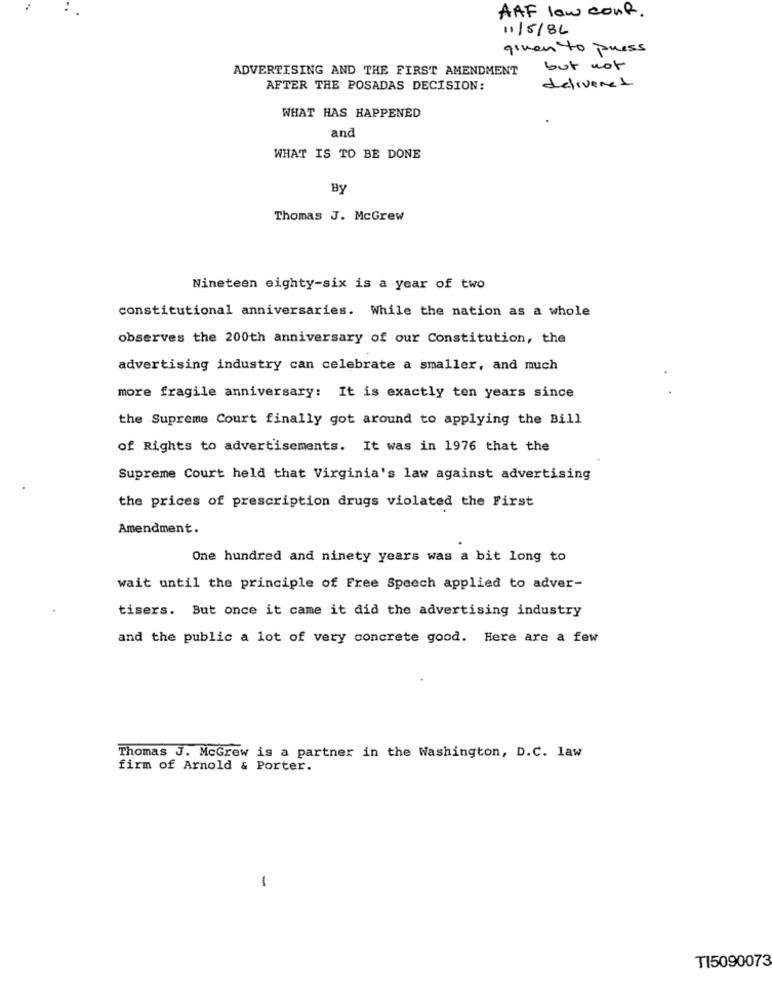
AAF low cont.
11/5/86
given to press
ADVERTISING AND THE FIRST AMENDMENT
but not
AFTER THE POSADAS DECISION:
delivered
WHAT HAS HAPPENED
and
WHAT IS TO BE DONE
By
Thomas J. McGrew
Nineteen eighty-six is a year of two
constitutional anniversaries. While the nation as a whole
observes the 200th anniversary of our Constitution, the
advertising industry can celebrate a smaller, and much
more fragile anniversary: It is exactly ten years since
the Supreme Court finally got around to applying the Bill
of Rights to advertisements. It was in 1976 that the
Supreme Court held that Virginia's law against advertising
the prices of prescription drugs violated the First
Amendment.
One hundred and ninety years was a bit long to
wait until the principle of Free Speech applied to adver-
tisers. But once it came it did the advertising industry
and the public a lot of very concrete good. Here are a few
Thomas J. McGrew is a partner in the Washington, D.C. law
firm of Arnold & Porter.
1
TI5090073